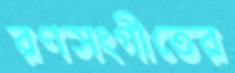
রণসংগীতের